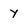
Character: y